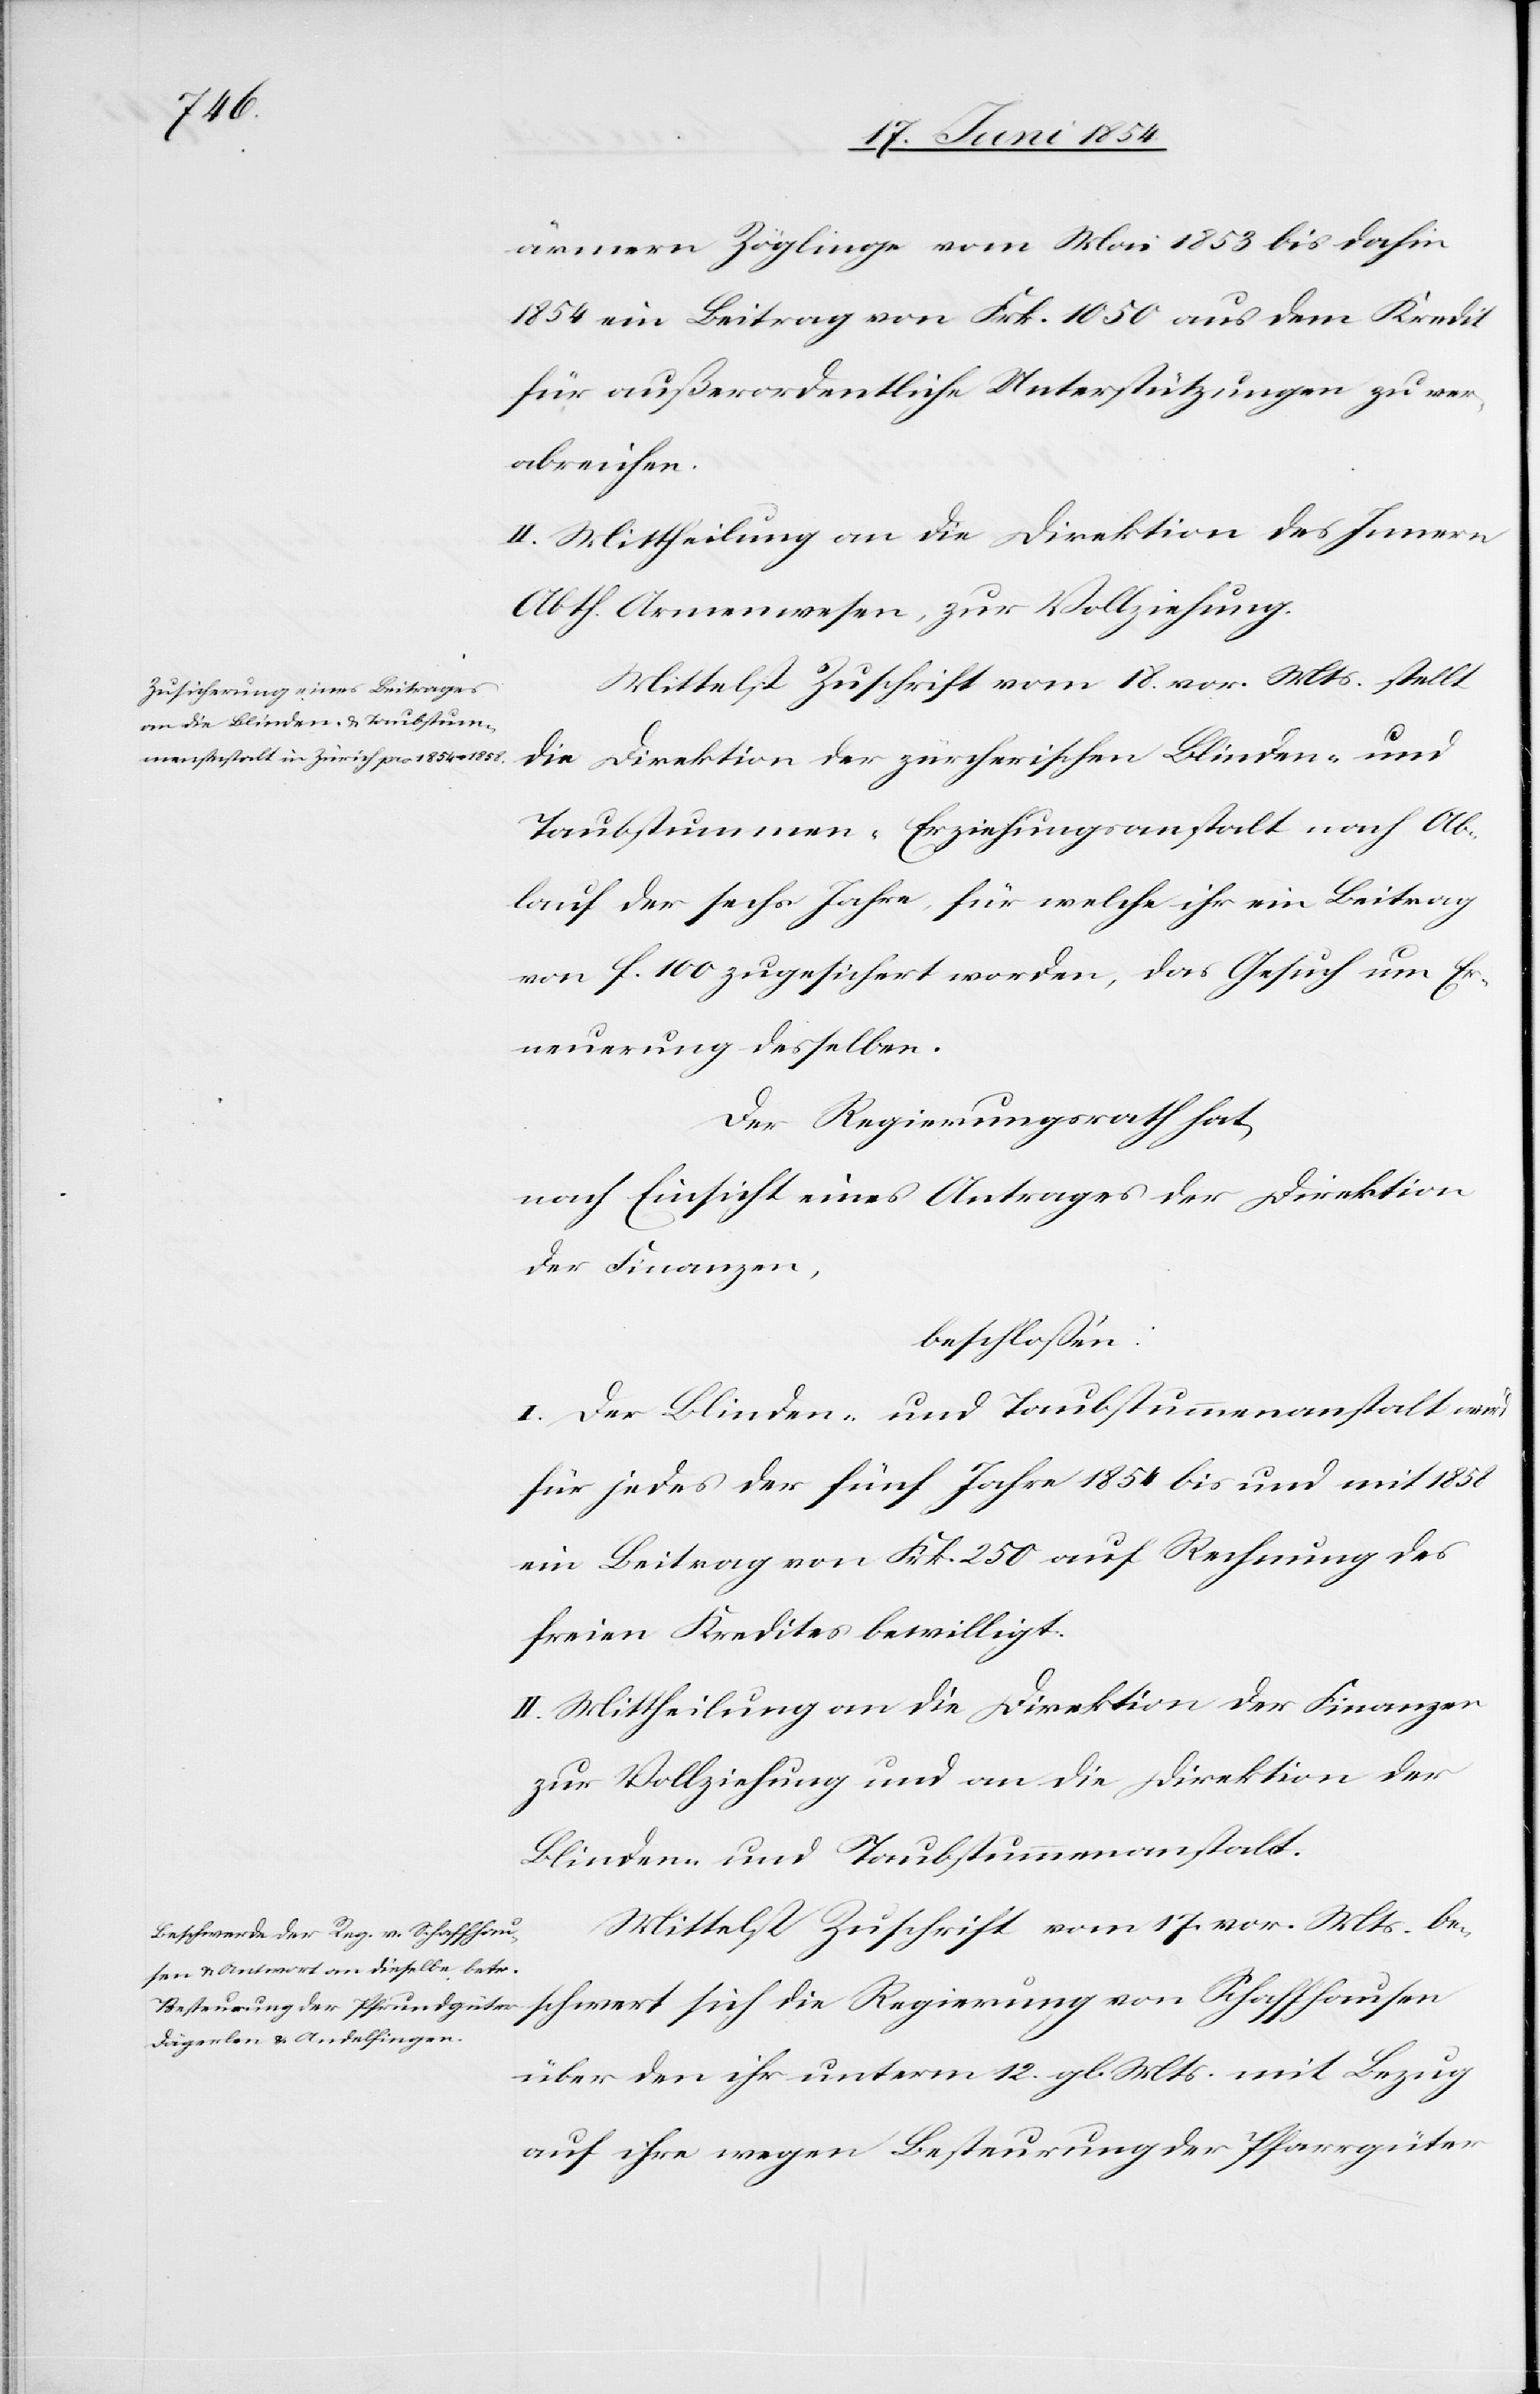
ärmern Zöglinge vom Mai 1853 bis dahin
1854 ein Beitrag von Frk. 1050 aus dem Kredit
für außerordentliche Unterstützungen zu ver¬
abreichen.
II. Mittheilung an die Direktion des Innern
Abth. Armenwesen, zur Vollziehung.
Mittelst Zuschrift vom 18. vor. Mts. stellt
chwert
die Direktion der zürcherischen Blinden- und
Taubstummen-Erziehungsanstalt nach Ab¬
lauf der sechs Jahre, für welche ihr ein Beitrag
von f. 100 zugesichert worden, das Gesuch um Er¬
neuerung desselben.
Der Regierungsrath hat,
nach Einsicht eines Antrages der Direktion
der Finanzen,
beschloßen:
I. Der Blinden- und Taubstummenanstalt wird
für jedes der fünf Jahre 1854 bis und mit 1858
ein Beitrag von Frk. 250 auf Rechnung des
freien Kredites bewilligt.
II. Mittheilung an die Direktion der Finanzen
zur Vollziehung und an die Direktion der
Blinden- und Taubstummenanstalt.
Mittelst Zuschrift vom 17. vor. Mts. bes¬
über den ihr unterm 12. gl. Mts. mit Bezug
auf ihre wegen Besteurung der Pfarrgüter